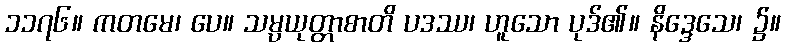
၁၁၇၆။ ကတမေ၊ ပေ။ သမ္ပယုတ္တာစာတိ ပဒဿ၊ ဟူသော ပုဒ်၏။ နိဒ္ဒေသေ၊ ၌။